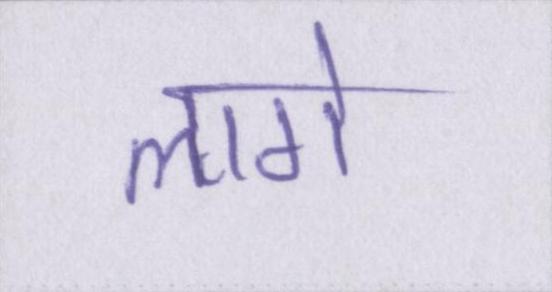
लागे